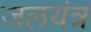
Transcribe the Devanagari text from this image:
जलयंत्र